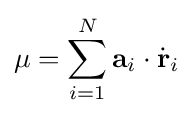
\mu =\sum _{i=1}^{N}\mathbf {a} _{i}\cdot {\dot {\mathbf {r} }}_{i}